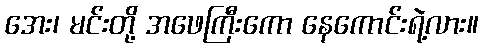
အေး၊ မင်းတို့ အဖေကြီးကော နေကောင်းရဲ့လား။